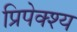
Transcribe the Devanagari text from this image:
प्रिपेक्श्य